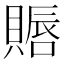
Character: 䞅